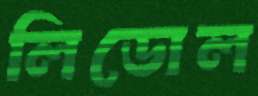
লিডোল